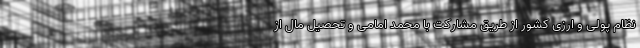
نظام پولی و ارزی کشور از طریق مشارکت با محمد امامی و تحصیل مال از